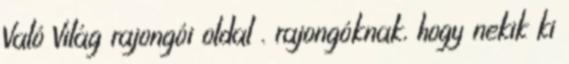
Való Világ rajongói oldal . rajongóknak, hogy nekik ki